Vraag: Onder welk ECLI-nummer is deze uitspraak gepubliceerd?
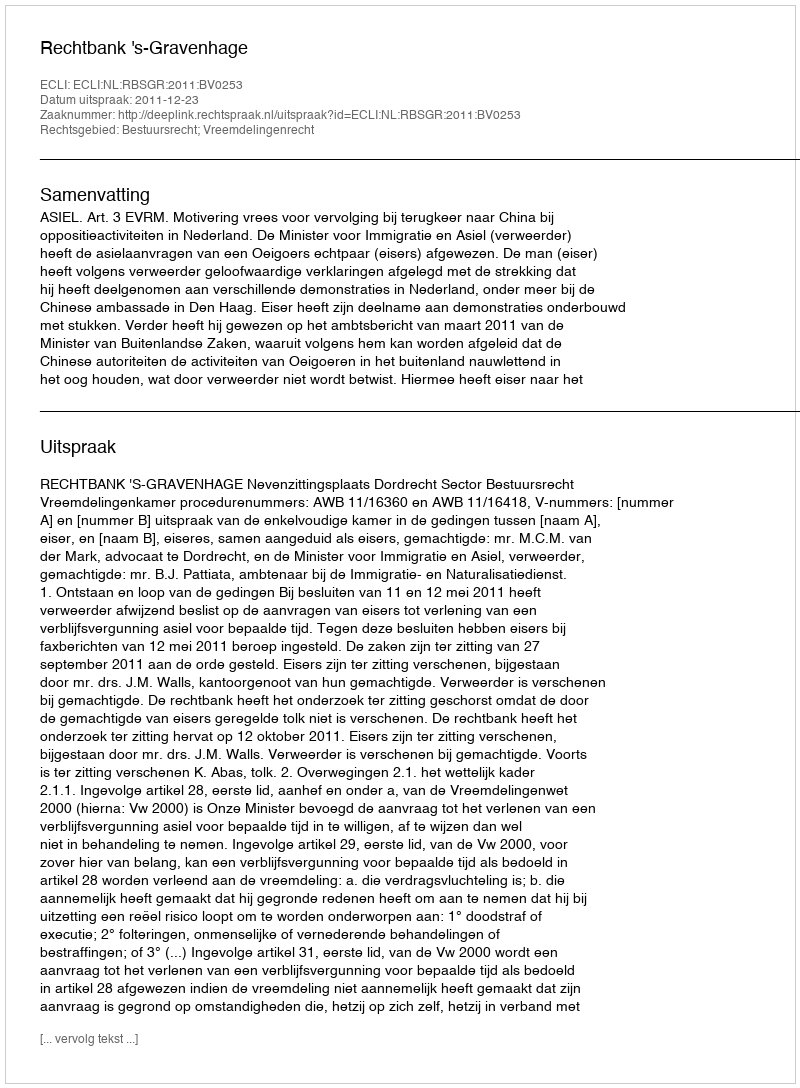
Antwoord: ECLI:NL:RBSGR:2011:BV0253